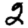
Digit: 2